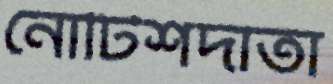
নোটিশদাতা